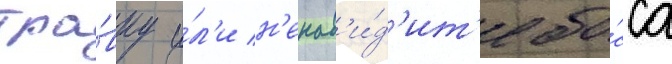
тра́вку и́л'и н'енав'и́д'ит'е бо́сса